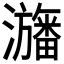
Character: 𤃳